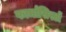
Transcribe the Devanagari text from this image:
फार्मासिस्टों